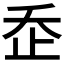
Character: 𣥚